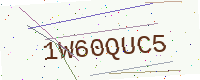
Text: 1W60QUC5